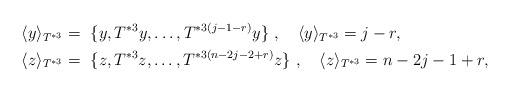
LaTeX: \begin{align*} \langle y\rangle_{T^{*3}} &= ~\{y, T^{*3}y ,\ldots, T^{*3(j-1-r)}y\}~,~~~\langle y\rangle_{T^{*3}}=j-r,\\ \langle z\rangle_{T^{*3}} &= ~\{z, T^{*3}z ,\ldots, T^{*3(n-2j-2+r)}z\}~,~~~\langle z\rangle_{T^{*3}}=n-2j-1+r, \end{align*}